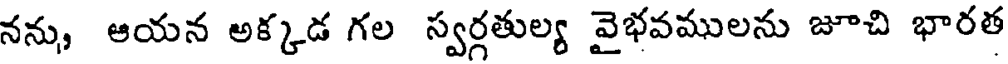
నను, ఆయన అక్కడ గల స్వర్గతుల్య వైభవములను జూచి భారత